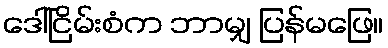
ဒေါ်ငြိမ်းစံက ဘာမျှ ပြန်မဖြေ။